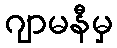
ဂျာမနီမှ